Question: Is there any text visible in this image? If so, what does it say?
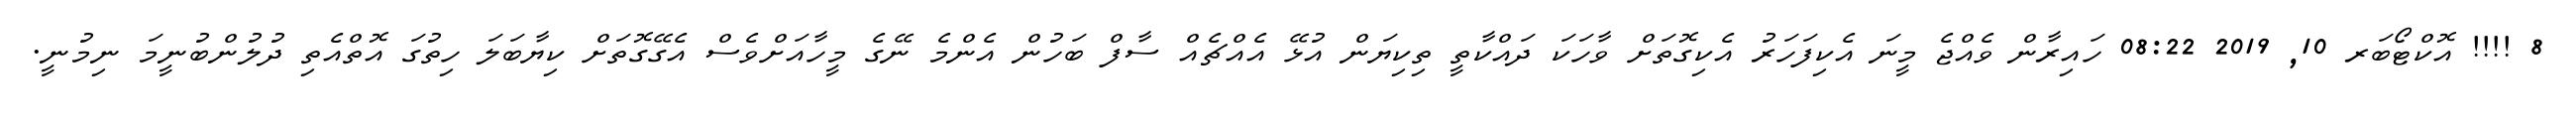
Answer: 8 !!!! އޮކްޓޯބަރ 10, 2019 08:22 ހައިރާން ވެއްޖެ މީނަ އެކިފަހަރު އެކިގޮތަށް ވާހަކަ ދައްކާތީ ތިކިޔަން އުޅޭ އެއްޗެއް ސާފް ބަހުން އެންމެ ނޭގެ މީހާއަށްވެސް އެގޭގޮތަށް ކިޔާބަލަ ހިތުގަ އޮތްއެތި ދުލުންބުނީމަ ނިމުނީ.